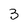
Character: 3